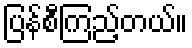
ပြန်စီကြည့်တယ်။